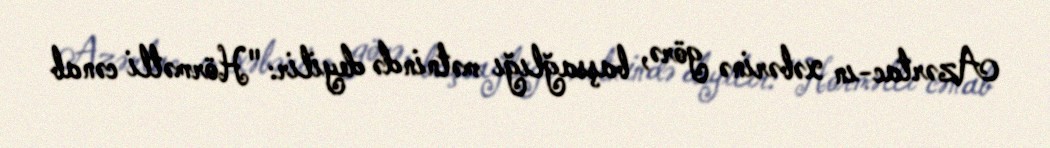
Azərtac-ın xəbərinə görə, başsağlığı mətnində deyilir: "Hörmətli cənab